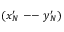
( x _ { N } ^ { \prime } \mathrm { ~ -- ~ } y _ { N } ^ { \prime } )